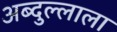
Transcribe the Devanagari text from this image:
अब्दुल्लाला